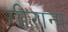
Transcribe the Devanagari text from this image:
गीराना